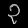
Digit: ၃